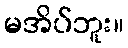
မအိပ်ဘူး။